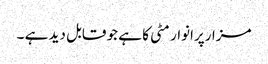
مزارپرانوار مٹی کا ہے جو قابل دید ہے ۔